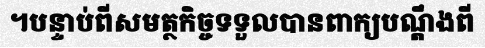
។បន្ទាប់ពីសមត្ថកិច្ចទទួលបានពាក្យបណ្តឹងពី